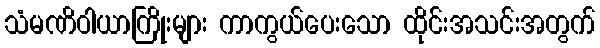
သံမဏိဝါယာကြိုးများ ကာကွယ်ပေးသော ထိုင်းအသင်းအတွက်